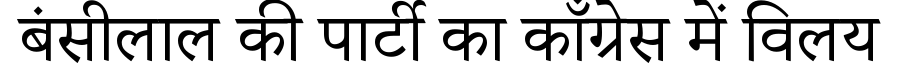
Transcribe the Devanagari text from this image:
बंसीलाल की पार्टी का काँग्रेस में विलय